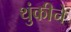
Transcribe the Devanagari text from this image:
थुंकीने